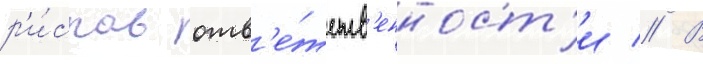
р'и́сков отв'е́тств'енност'и // В